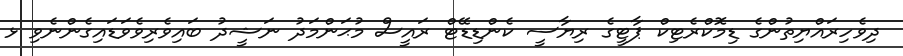
ދިވެހިރައްޔިތުންގެ ޑިމޮކްރެޓިކް ޕާޓީގެ ރިޔާސީ ކެންޑިޑޭޓް ރައީސް މުޙަންމަދު ނަޝީދު ބައިވެރިވެވަޑައިގެންނެވި ޅ